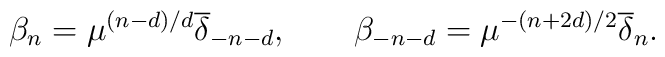
\beta_n =\mu^{(n-d)/d}{\overline \delta}_{-n-d},\qquad\beta_{-n-d} =\mu^{-(n+2d)/2}{\overline \delta}_n.